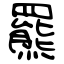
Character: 羆